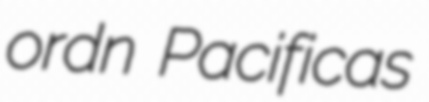
ordn Pacificas